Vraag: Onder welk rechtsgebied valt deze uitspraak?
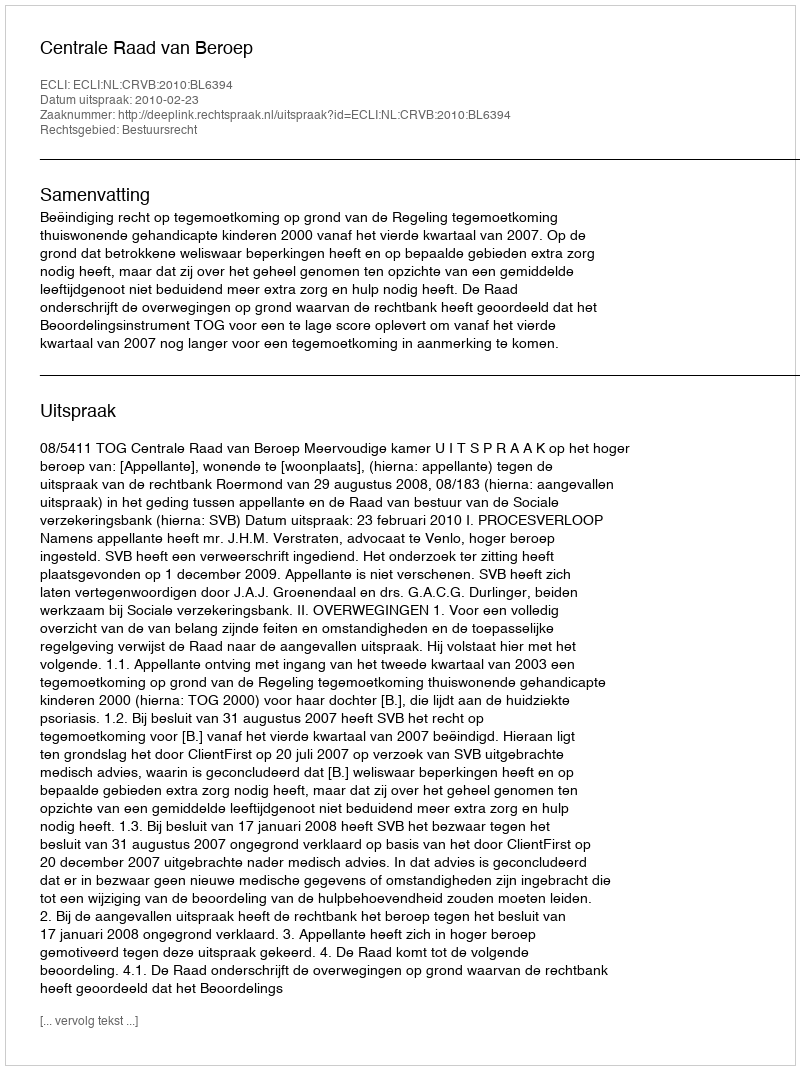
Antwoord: Bestuursrecht